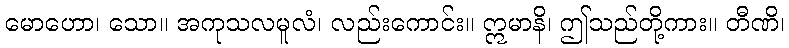
မောဟော၊ သော။ အကုသလမူလံ၊ လည်းကောင်း။ ဣမာနိ၊ ဤသည်တို့ကား။ တီဏိ၊